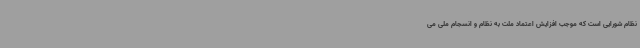
نظام شورایی است که موجب افزایش اعتماد ملت به نظام و انسجام ملی می